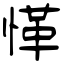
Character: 愅